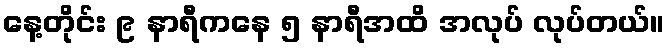
နေ့တိုင်း ၉ နာရီကနေ ၅ နာရီအထိ အလုပ် လုပ်တယ်။